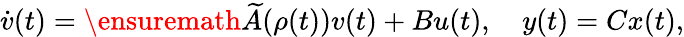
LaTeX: \dot{v}(t)=\ensuremath{\widetilde{A}}(\rho(t))v(t)+Bu(t),\quad y(t)=Cx(t),